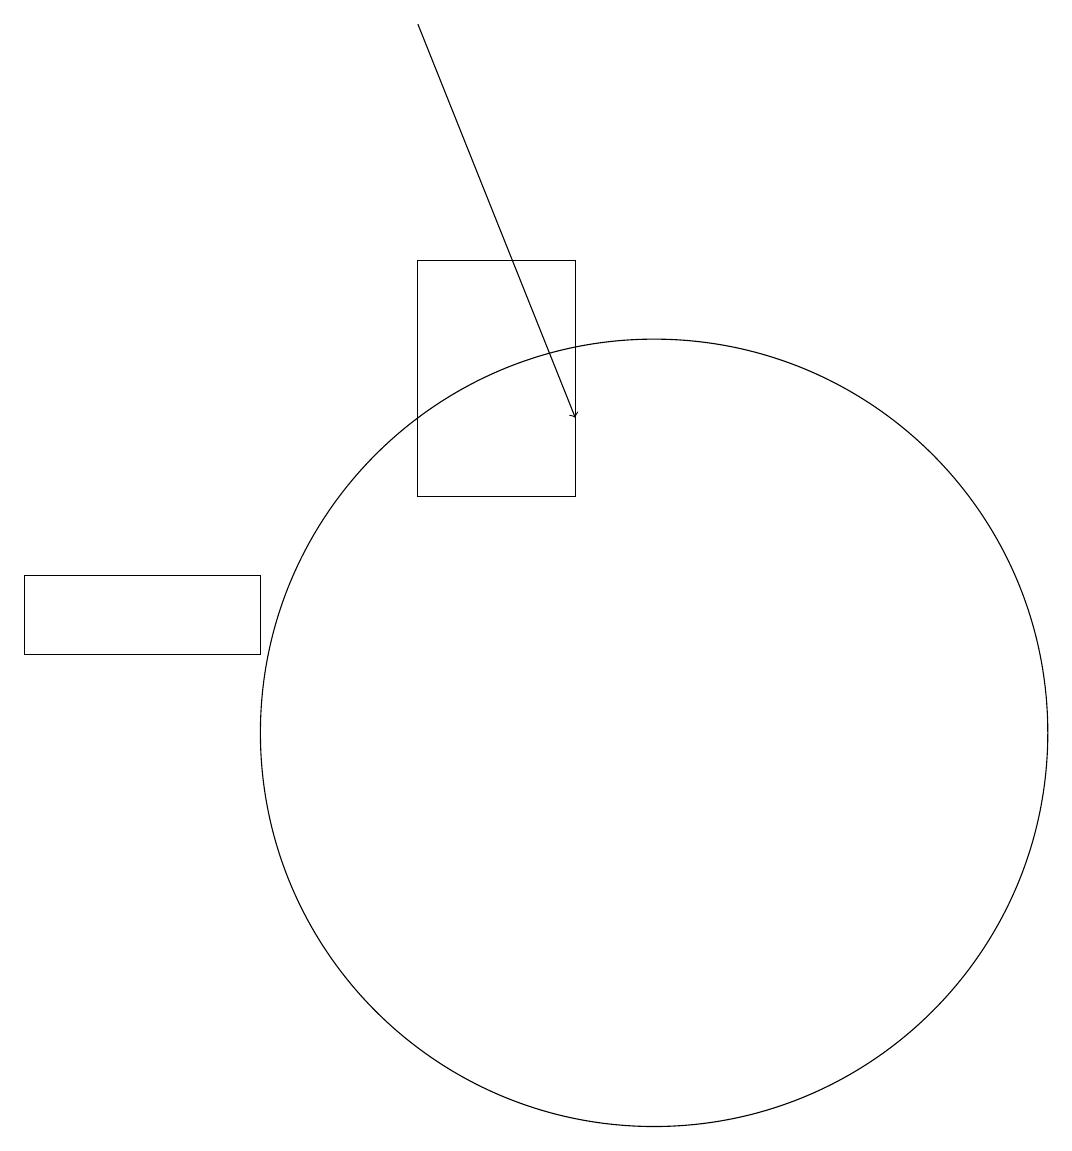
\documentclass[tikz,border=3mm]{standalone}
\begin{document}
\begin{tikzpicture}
\draw (7,13) rectangle (9,16);
\draw[->] (7,19) -- (9,14);
\draw (10,10) circle (5);
\draw (5,11) rectangle (2,12);
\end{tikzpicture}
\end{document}